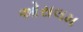
ઓસલમ